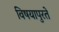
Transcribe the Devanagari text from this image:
विषयापुरते